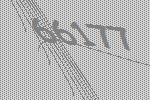
66177